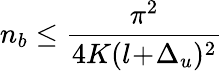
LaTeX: n_{b}\le\frac{\pi^{2}}{4K(l\! +\! \Delta_{u})^{2}}